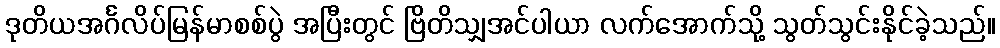
ဒုတိယအင်္ဂလိပ်မြန်မာစစ်ပွဲ အပြီးတွင် ဗြိတိသျှအင်ပါယာ လက်အောက်သို့ သွတ်သွင်းနိုင်ခဲ့သည်။